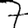
Digit: 7